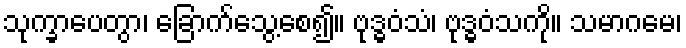
သုက္ခာပေတွာ၊ ခြောက်သွေ့စေ၍။ ဗုဒ္ဓဝံသံ၊ ဗုဒ္ဓဝံသကို။ သမာဂမေ၊